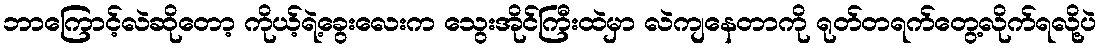
ဘာကြောင့်လဲဆိုတော့ ကိုယ့်ရဲ့ခွေးလေးက သွေးအိုင်ကြီးထဲမှာ လဲကျနေတာကို ရုတ်တရက်တွေ့လိုက်ရလို့ပဲ